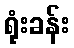
ရုံးခန်း